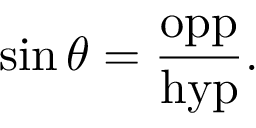
\sin \theta = { \frac { \mathrm { o p p } } { \mathrm { h y p } } } .